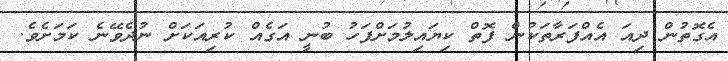
އެގޮތުން ދިއަ އެއްފަރާތަކުން ފޮތް ކިޔައިލުމަށްފަހު ބުނީ އަގެއް ކުރިއަކަށް ނުދެވޭނެ ކަމަށެވެ.